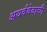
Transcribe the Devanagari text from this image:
अथर्ववेदाची